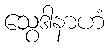
သွေဒါနာဟံ